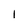
Character: 1